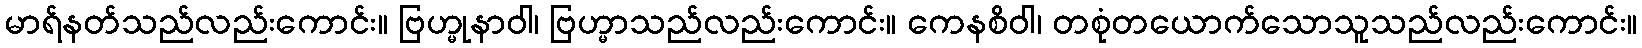
မာရ်နတ်သည်လည်းကောင်း။ ဗြဟ္မုနာဝါ၊ ဗြဟ္မာသည်လည်းကောင်း။ ကေနစိဝါ၊ တစုံတယောက်သောသူသည်လည်းကောင်း။